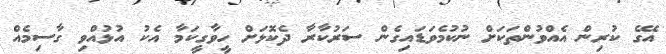
އޭގެ ކުރިން އެއްވުންތަކަށް ނުކުމެވަޑައިގެން ސަރުކާރާ ދެކޮޅަށް ހީވާގީކަމާ އެކު އުޅުއްވި ގާސިމެއް